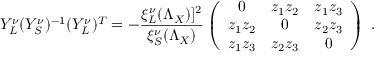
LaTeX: Y _ { L } ^ { \nu } ( Y _ { S } ^ { \nu } ) ^ { - 1 } ( Y _ { L } ^ { \nu } ) ^ { T } = - \frac { \xi _ { L } ^ { \nu } ( \Lambda _ { X } ) ] ^ { 2 } } { \xi _ { S } ^ { \nu } ( \Lambda _ { X } ) } \left( \begin{array} { c c c } { { 0 } } & { { z _ { 1 } z _ { 2 } } } & { { z _ { 1 } z _ { 3 } } } \\ { { z _ { 1 } z _ { 2 } } } & { { 0 } } & { { z _ { 2 } z _ { 3 } } } \\ { { z _ { 1 } z _ { 3 } } } & { { z _ { 2 } z _ { 3 } } } & { { 0 } } \end{array} \right) \ .